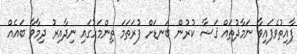
ފާއިތުވެފައިވާ ނަމާދުތައް ޤަޟާ ކުރުން ބަނޑަށް ފުރަތަމަ ތިންމަހުގައި ނިދާއިރު ދިމާވާ ބައެއް